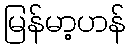
မြန်မာ့ဟန်